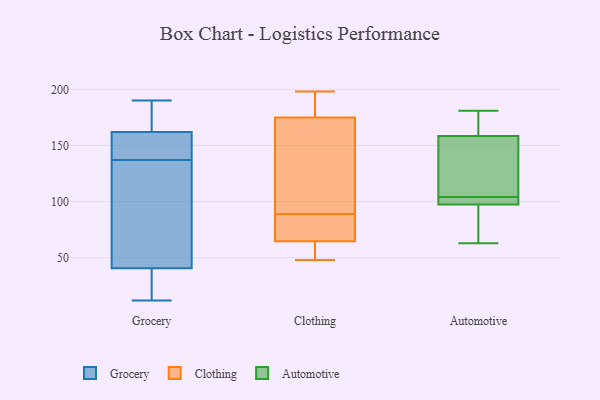
{"axis": {"x": "Humidity (%)", "y": "Value"}, "legend": ["Automotive", "Clothing", "Grocery"], "data": [{"x": "", "y": 164, "type": "Grocery"}, {"x": "", "y": 139, "type": "Grocery"}, {"x": "", "y": 78, "type": "Grocery"}, {"x": "", "y": 156, "type": "Grocery"}, {"x": "", "y": 179, "type": "Grocery"}, {"x": "", "y": 76, "type": "Grocery"}, {"x": "", "y": 81, "type": "Grocery"}, {"x": "", "y": 190, "type": "Grocery"}, {"x": "", "y": 137, "type": "Grocery"}, {"x": "", "y": 23, "type": "Grocery"}, {"x": "", "y": 154, "type": "Grocery"}, {"x": "", "y": 12, "type": "Grocery"}, {"x": "", "y": 181, "type": "Grocery"}, {"x": "", "y": 27, "type": "Grocery"}, {"x": "", "y": 29, "type": "Grocery"}, {"x": "", "y": 66, "type": "Clothing"}, {"x": "", "y": 51, "type": "Clothing"}, {"x": "", "y": 177, "type": "Clothing"}, {"x": "", "y": 87, "type": "Clothing"}, {"x": "", "y": 125, "type": "Clothing"}, {"x": "", "y": 192, "type": "Clothing"}, {"x": "", "y": 77, "type": "Clothing"}, {"x": "", "y": 89, "type": "Clothing"}, {"x": "", "y": 175, "type": "Clothing"}, {"x": "", "y": 107, "type": "Clothing"}, {"x": "", "y": 175, "type": "Clothing"}, {"x": "", "y": 198, "type": "Clothing"}, {"x": "", "y": 61, "type": "Clothing"}, {"x": "", "y": 60, "type": "Clothing"}, {"x": "", "y": 132, "type": "Clothing"}, {"x": "", "y": 78, "type": "Clothing"}, {"x": "", "y": 48, "type": "Clothing"}, {"x": "", "y": 127, "type": "Automotive"}, {"x": "", "y": 68, "type": "Automotive"}, {"x": "", "y": 178, "type": "Automotive"}, {"x": "", "y": 163, "type": "Automotive"}, {"x": "", "y": 145, "type": "Automotive"}, {"x": "", "y": 94, "type": "Automotive"}, {"x": "", "y": 120, "type": "Automotive"}, {"x": "", "y": 101, "type": "Automotive"}, {"x": "", "y": 126, "type": "Automotive"}, {"x": "", "y": 181, "type": "Automotive"}, {"x": "", "y": 104, "type": "Automotive"}, {"x": "", "y": 69, "type": "Automotive"}, {"x": "", "y": 168, "type": "Automotive"}, {"x": "", "y": 104, "type": "Automotive"}, {"x": "", "y": 180, "type": "Automotive"}, {"x": "", "y": 99, "type": "Automotive"}, {"x": "", "y": 97, "type": "Automotive"}, {"x": "", "y": 63, "type": "Automotive"}, {"x": "", "y": 102, "type": "Automotive"}]}